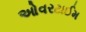
ઓવરટાઈમ